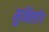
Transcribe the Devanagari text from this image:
मुनिलोग